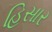
હિસાર